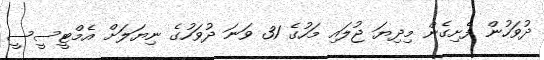
ދުވަހުން ފެށިގެން މިދިޔަ ޖުލައި މަހުގެ 31 ވަނަ ދުވަހުގެ ނިޔަލަށް އެމްޓީސީސީ